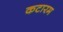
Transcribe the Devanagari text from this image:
कटारम